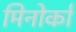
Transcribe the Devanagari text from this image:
मिनोर्का